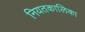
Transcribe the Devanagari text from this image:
नियतकालिका